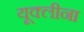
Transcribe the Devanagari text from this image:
यूक्लीना